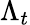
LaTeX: \Lambda_{t}